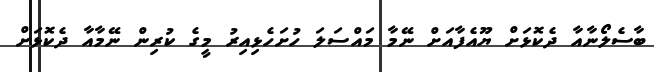
ބާސެލޯނާއާ ދެކޮޅަށް ޔޫއެފާއަށް ނޭމާ މައްސަލަ ހުށަހެޅިއިރު މީގެ ކުރިން ނޭމާއާ ދެކޮޅަށް